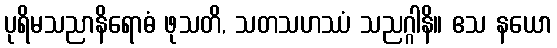
ပုရိမသညာနိရောဓံ ဖုသတိ, သတသဟဿံ သညဂ္ဂါနိ။ ဧသ နယော